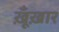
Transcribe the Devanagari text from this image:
ख़ूँख़ार